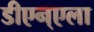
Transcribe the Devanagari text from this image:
डीएन्एला